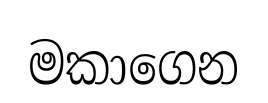
මකාගෙන